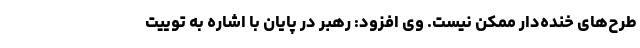
طرح‌های خنده‌دار ممکن نیست. وی افزود: رهبر در پایان با اشاره به توییت